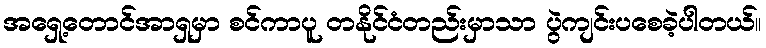
အရှေ့တောင်အာရှမှာ စင်ကာပူ တနိုင်ငံတည်းမှာသာ ပွဲကျင်းပစေခဲ့ပါတယ်။